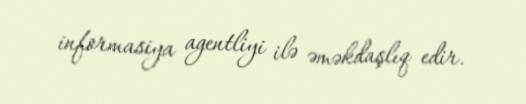
informasiya agentliyi ilə əməkdaşlıq edir.